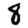
Digit: 8